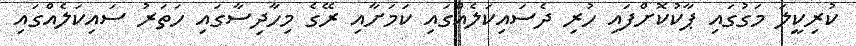
ކުރިކީލަ މަގުގައި ޕާކުކޮށްފައި ހުރި ދެސައިކަލެއްގައި ކަމަށާއި ރޭގެ މިހާދިސާގައި ހަތަރު ސައިކަލެއްގައި